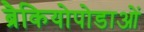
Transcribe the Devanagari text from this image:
ब्रैकियोपोडाओं